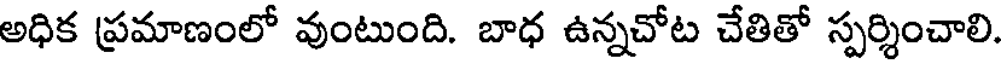
అధిక ప్రమాణంలో వుంటుంది. బాధ ఉన్నచోట చేతితో స్పర్శించాలి.